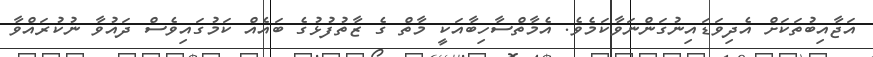
އަޖާއިބުތަކަށް އެދިވަޑައިނުގަންނަވާކަމެވެ. އެމާތްސާހިބާއަކީ މާތް ގެ ޒާތުފުޅުގެ ބައެއް ކަމުގައިވެސް ދައުވާ ނުކުރައްވާ